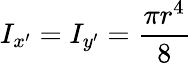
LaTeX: I_{x^{\prime}}=I_{y^{\prime}}=\frac{\pi r^{4}}{8}